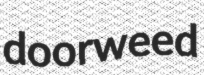
doorweed